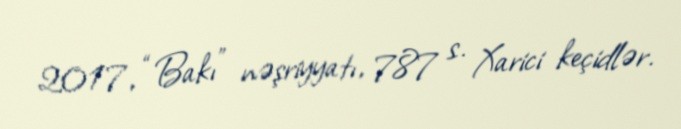
2017, “Bakı” nəşriyyatı, 787 s. Xarici keçidlər.